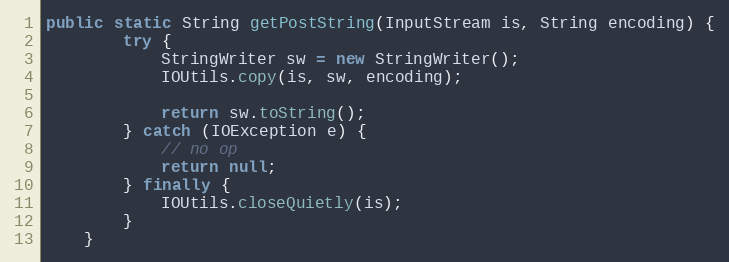
Language: Java
public static String getPostString(InputStream is, String encoding) {
        try {
            StringWriter sw = new StringWriter();
            IOUtils.copy(is, sw, encoding);

            return sw.toString();
        } catch (IOException e) {
            // no op
            return null;
        } finally {
            IOUtils.closeQuietly(is);
        }
    }